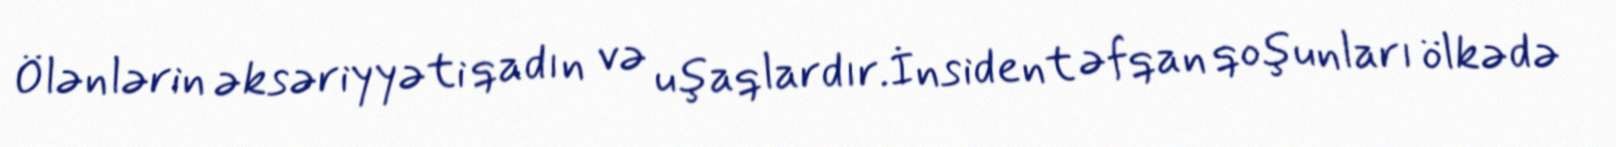
Ölənlərin əksəriyyəti qadın və uşaqlardır.İnsident əfqan qoşunları ölkədə